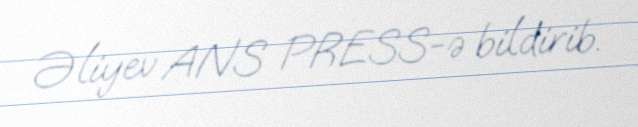
Əliyev ANS PRESS-ə bildirib.